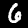
Digit: 6